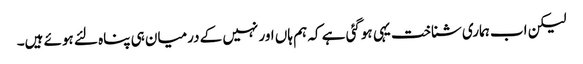
لیکن اب ہماری شناخت یہی ہوگئی ہے کہ ہم ہاں اور نہیں کے درمیان ہی پناہ لئے ہوئے ہیں۔